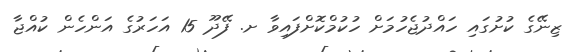
ޒިނޭގެ ކުށުގައި ހައްދުޖެހުމަށް ހުކުމްކޮށްފައިވާ ށ. ފޭދޫ 15 އަހަރުގެ އަންހެން ކުއްޖާ